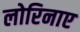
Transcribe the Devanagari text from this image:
लोरिनाए